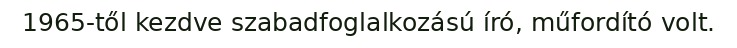
1965-től kezdve szabadfoglalkozású író, műfordító volt.